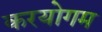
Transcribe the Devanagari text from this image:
करयोगम